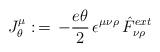
LaTeX: \begin{align*}J_{\theta}\sp{\mu}:\,=\,-\frac{e\theta}{2}\,\epsilon\sp{\mu\nu\rho}\,\hat F_{\nu \rho}\sp{ext}\end{align*}